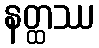
နတ္ထဿ